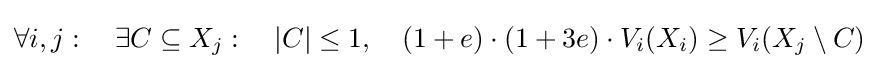
\forall i,j:~~~\exists C\subseteq X_{j}:~~~|C|\leq 1,~~~(1+e)\cdot (1+3e)\cdot V_{i}(X_{i})\geq V_{i}(X_{j}\setminus C)